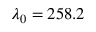
\lambda _ { 0 } = 2 5 8 { . } 2